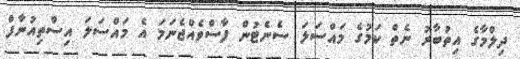
ދިލްމާގެ އިތުބާރު ނެތް ކަމުގެ މައްސަލަ ސެނެޓުން ފާސްވެއްޖެނަމަ އެ މައްސަލަ އިސްތިއުނާފް